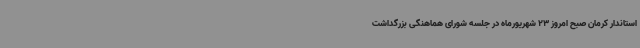
استاندار کرمان صبح امروز 23 شهریورماه در جلسه شورای هماهنگی بزرگداشت